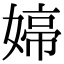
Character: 𭒑